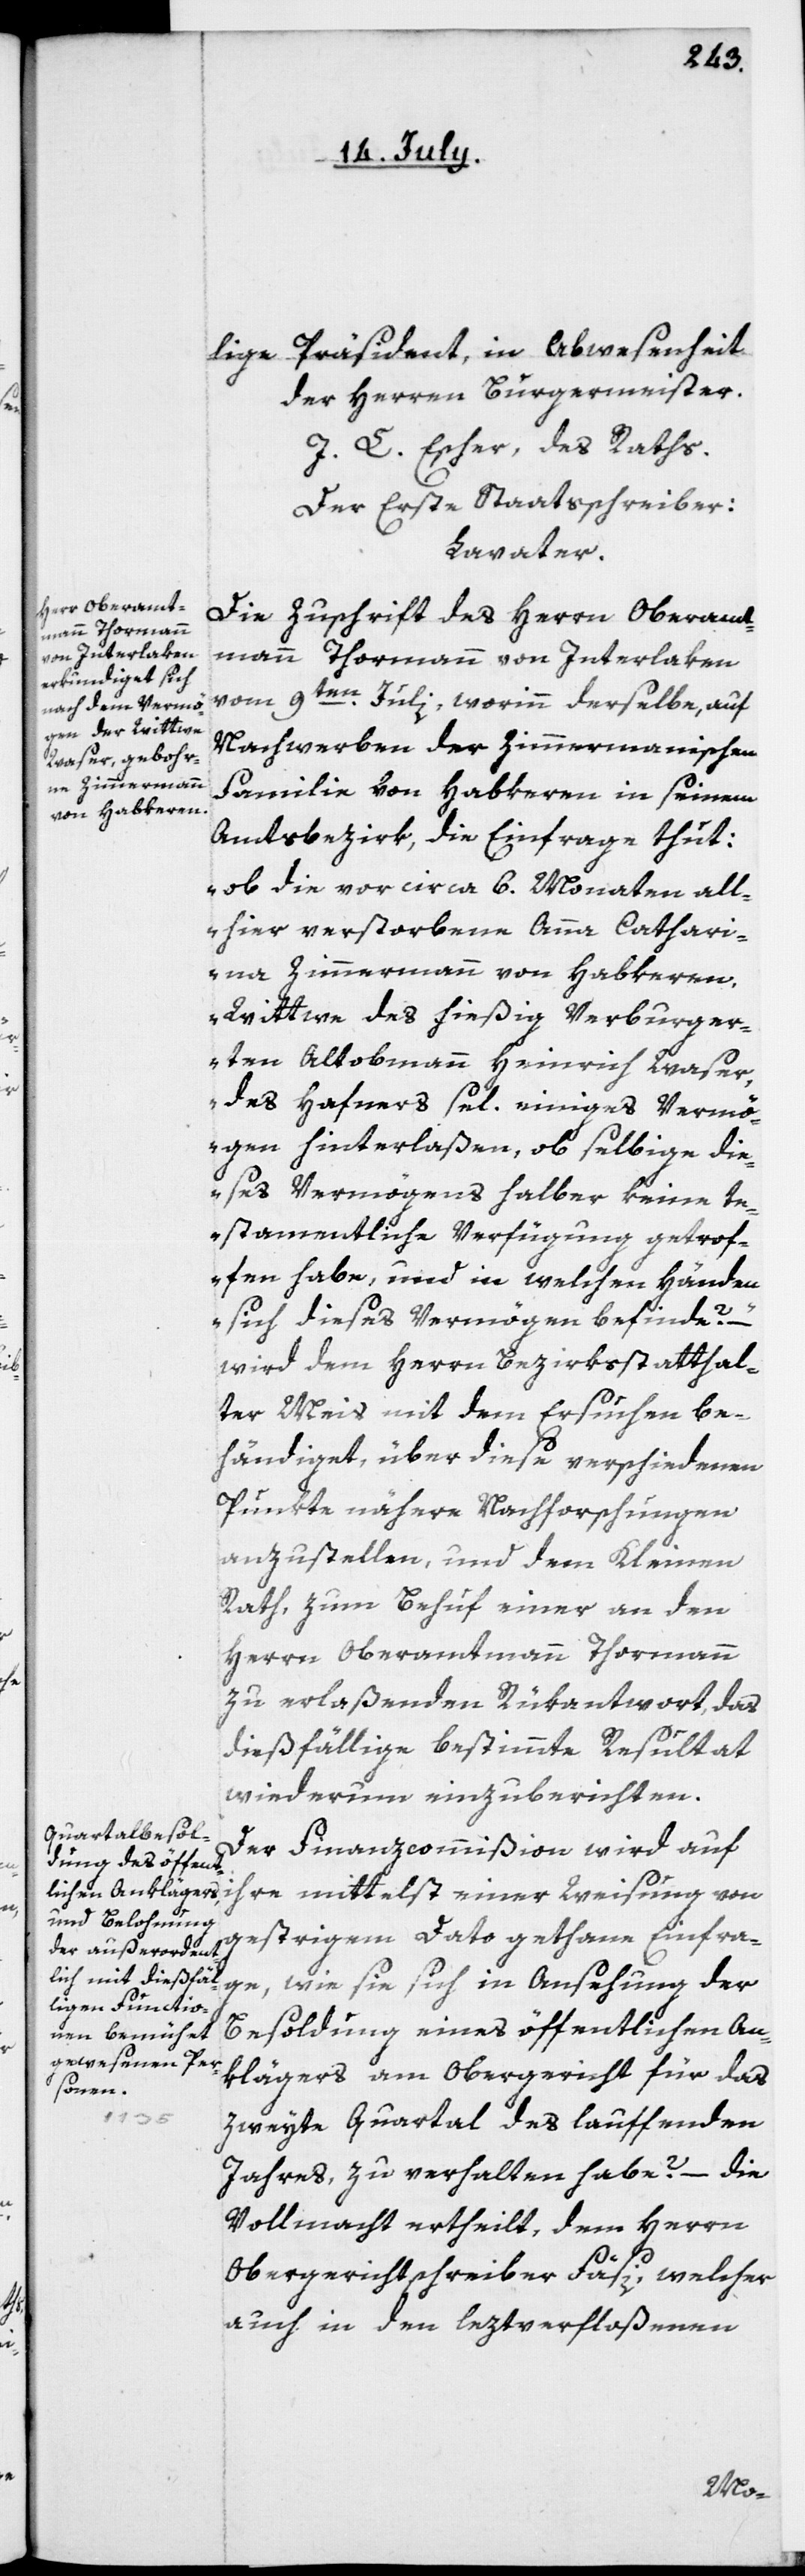
Präsident, in Abwesenheit
lige
der Herren Burgermeister.
J. L. Escher des Raths.
Der Erste Staatsschreiber:
Lavater.
Die Zuschrift des Herrn Oberamt¬
mann Thormann von Interlaken
vom 9ten Julii, worinn derselbe, auf
Nachwerben der Zimmermannischen
Familie von Habkeren in seinem
Amtsbezirk, die Einfrage thut:
„ob die vor circa 6. Monaten all¬
hier verstorbene Anna Cathari¬
na Zimmermann von Habkeren,
Wittwe des hießig Verburger¬
ten alt Obmann Heinrich Waser,
des Hafners sel. einiges Vermö¬
gen hinterlaßen, ob selbige die¬
ses Vermögens halber keine te¬
stamentliche Verfügung getrof¬
fen habe und in welchen Händen
sich dieses Vermögen befinde?“
wird dem Herrn Bezirksstatthal¬
ter Meis mit dem Ersuchen be¬
händiget, über diese verschiedenen
Punkte nähere Nachforschungen
anzustellen, und dem Kleinen
Rath, zum Behuf einer an den
Herrn Oberamtmann Thormann
zu erlaßenden Rükantwort, das
dießfällige bestimmte Resultat
wiederum einzuberichten.
Der Finanzcommißion wird auf
ihre mittelst einer Weisung von
gestrigem Dato gethane Einfra¬
ge, wie sie sich in Ansehung der
Besoldung eines öffentlichen An¬
klägers am Obergericht für das
zweyte Quartal des lauffenden
Jahres, zu verhalten habe? – die
Vollmacht ertheilt, dem Herrn
Obergerichtschreiber Fäsi, welcher
auch in den leztverfloßenen